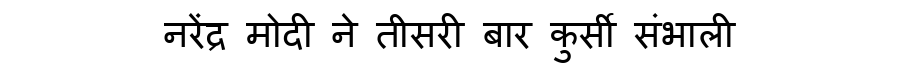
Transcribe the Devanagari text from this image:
नरेंद्र मोदी ने तीसरी बार कुर्सी संभाली